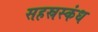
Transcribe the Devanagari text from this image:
सहस्रस्कंध